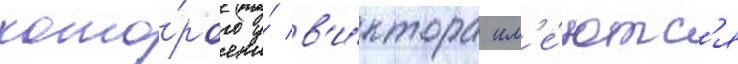
кото́рого у́ в'и́ктора им'е́ютс'я